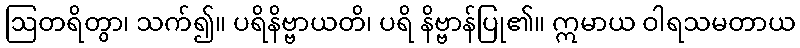
ဩတရိတွာ၊ သက်၍။ ပရိနိဗ္ဗာယတိ၊ ပရိ နိဗ္ဗာန်ပြု၏။ ဣမာယ ဝါရသမတာယ